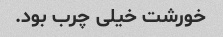
خورشت خیلی چرب بود.